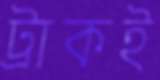
ট্রাকই